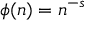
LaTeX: \phi ( n ) = { n } ^ { - s }